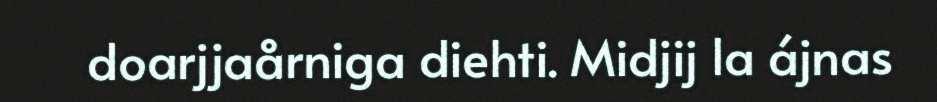
doarjjaårniga diehti. Midjij la ájnas